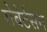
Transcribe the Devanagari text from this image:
रोबेर्टसन